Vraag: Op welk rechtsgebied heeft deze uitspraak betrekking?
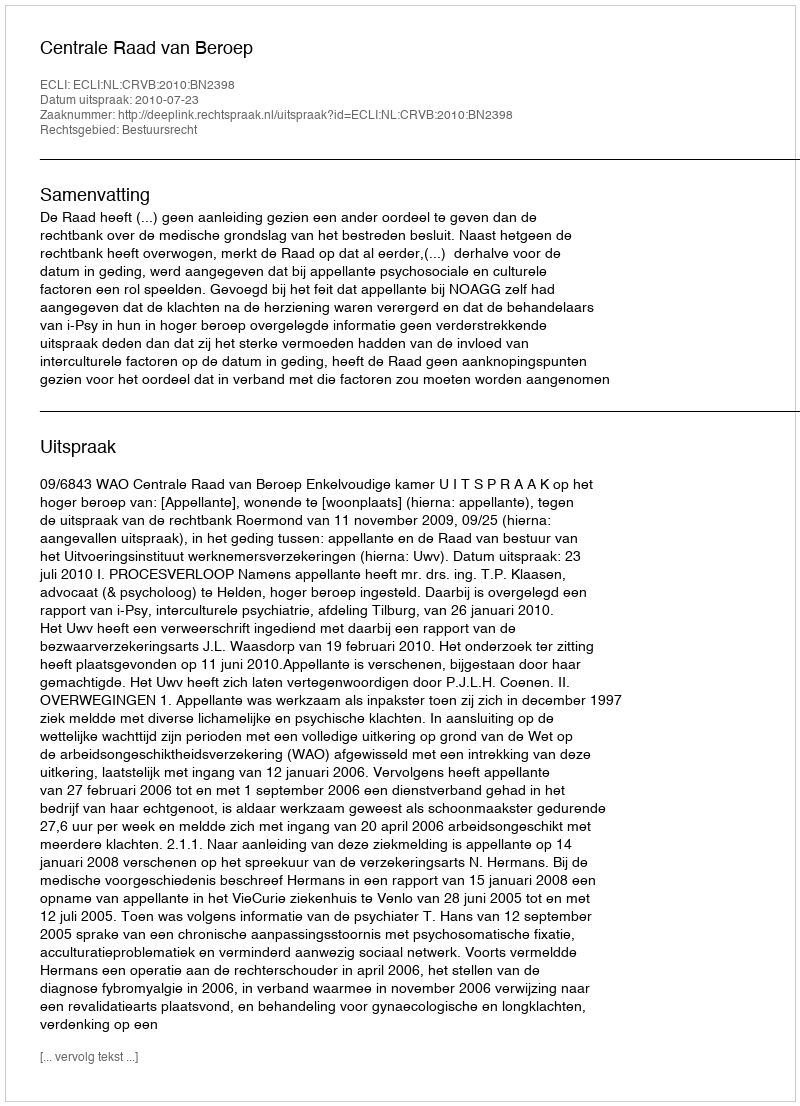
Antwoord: Bestuursrecht